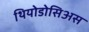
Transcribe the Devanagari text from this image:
थियोडोसिअस